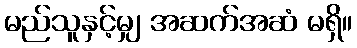
မည်သူနှင့်မျှ အဆက်အဆံ မရှိ။